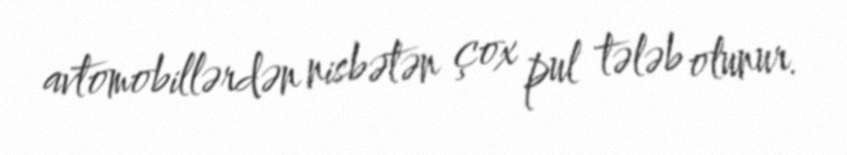
avtomobillərdən nisbətən çox pul tələb olunur.